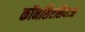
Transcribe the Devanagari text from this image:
कॉनसिएसियाओ